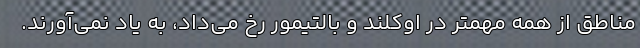
مناطق از همه‌ مهمتر در اوکلند و بالتیمور رخ می‌داد، به یاد نمی‌آورند.